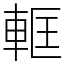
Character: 軭